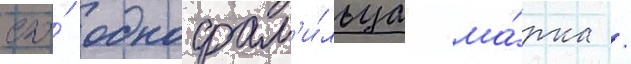
его́ однофам'и́льца ма́рка /